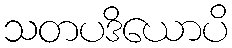
သတပဒိယောပိ